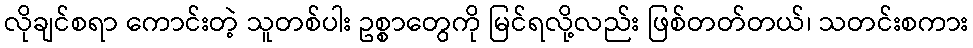
လိုချင်စရာ ကောင်းတဲ့ သူတစ်ပါး ဥစ္စာတွေကို မြင်ရလို့လည်း ဖြစ်တတ်တယ်၊ သတင်းစကား